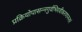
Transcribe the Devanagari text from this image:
प्रक्रियोपासन्नगुर्वभिरवीकरणानन्तरं